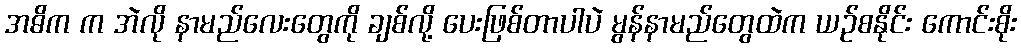
အဓိက က အဲလို နာမည်လေးတွေကို ချစ်လို့ ပေးဖြစ်တာပါပဲ မွန်နာမည်တွေထဲက ယဉ်စနိုင်း ကောင်းစိုး